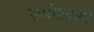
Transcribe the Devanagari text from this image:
पार्श्वगायकी